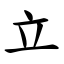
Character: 立